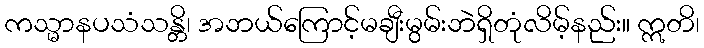
ကသ္မာနပသံသန္တိ၊ အဘယ်ကြောင့်မချီးမွမ်းဘဲရှိတုံလိမ့်နည်း။ ဣတိ၊